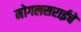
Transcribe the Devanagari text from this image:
मोगलसराईचे